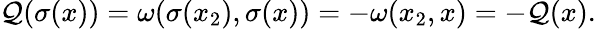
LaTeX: \mathcal{Q}(\sigma(x))=\omega(\sigma(x_{2}),\sigma(x))=-\omega(x_{2},x)=-\mathcal{Q}(x).